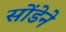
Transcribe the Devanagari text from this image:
सोंडेने